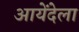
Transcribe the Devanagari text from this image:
आयेंदेला